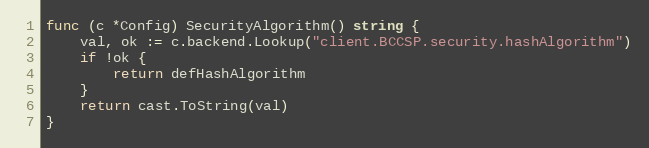
Language: Go
func (c *Config) SecurityAlgorithm() string {
	val, ok := c.backend.Lookup("client.BCCSP.security.hashAlgorithm")
	if !ok {
		return defHashAlgorithm
	}
	return cast.ToString(val)
}